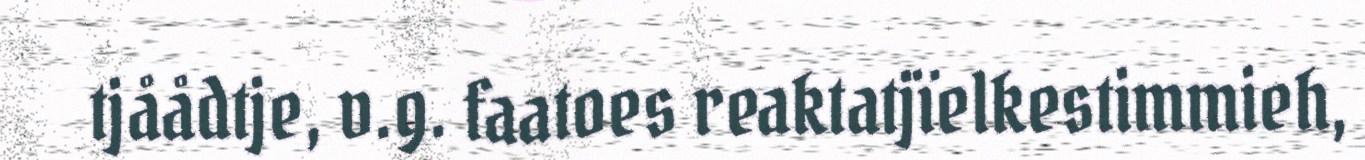
tjåådtje, v.g. faatoes reaktatjïelkestimmieh,